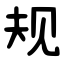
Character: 规